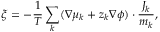
\xi = - \frac { 1 } { T } \sum _ { k } ( \nabla \mu _ { k } + z _ { k } \nabla \phi ) \cdot \frac { J _ { k } } { m _ { k } } ,